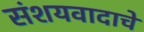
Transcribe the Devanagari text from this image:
संशयवादाचे